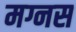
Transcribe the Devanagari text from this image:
मग्नस